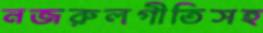
নজরুলগীতিসহ